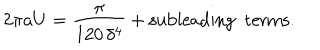
LaTeX: 2 \pi a U = \frac { \pi } { 1 2 0 \, \delta ^ { 4 } } + \mathrm { s u b l e a d i n g ~ ~ t e r m s } .